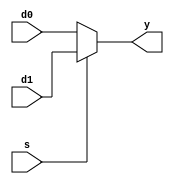
module cpu6_mux2 #(parameter WIDTH=8) 
(
 input  [WIDTH-1:0] d0,
 input  [WIDTH-1:0] d1,
 input  s,
 output [WIDTH-1:0] y
 );

   assign y = s? d1: d0;

endmodule